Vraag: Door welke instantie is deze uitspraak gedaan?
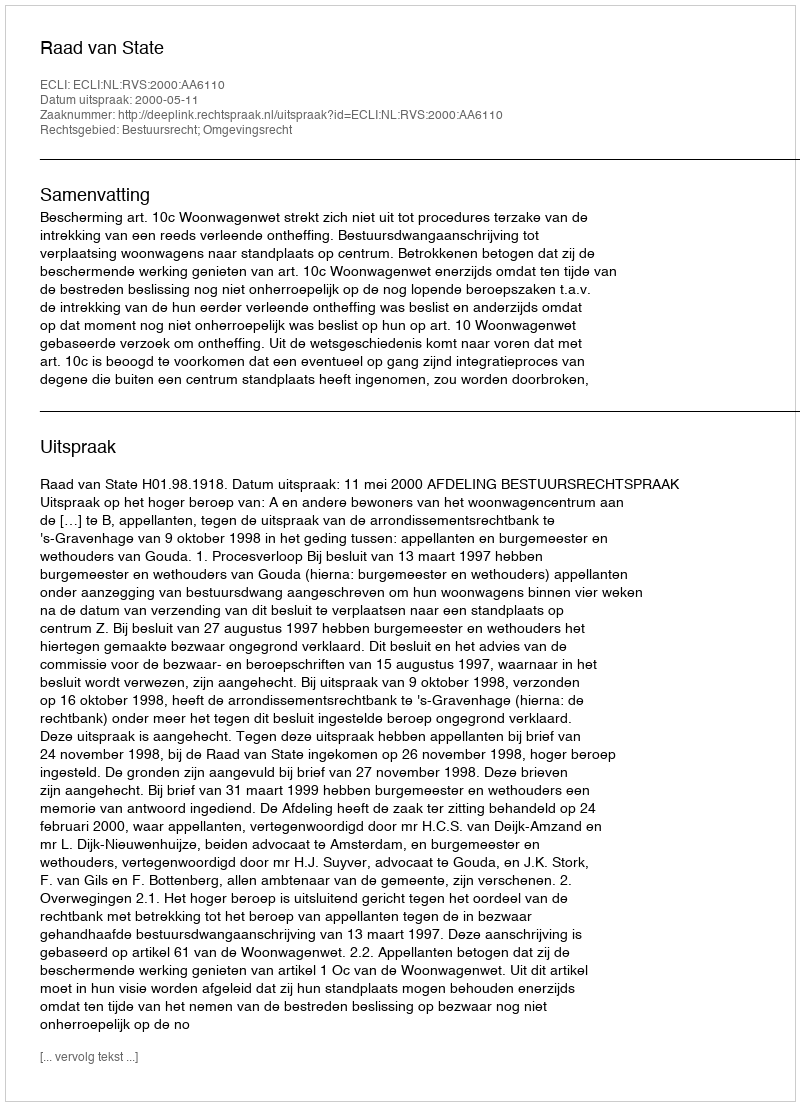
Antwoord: Raad van State